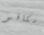
سكافو